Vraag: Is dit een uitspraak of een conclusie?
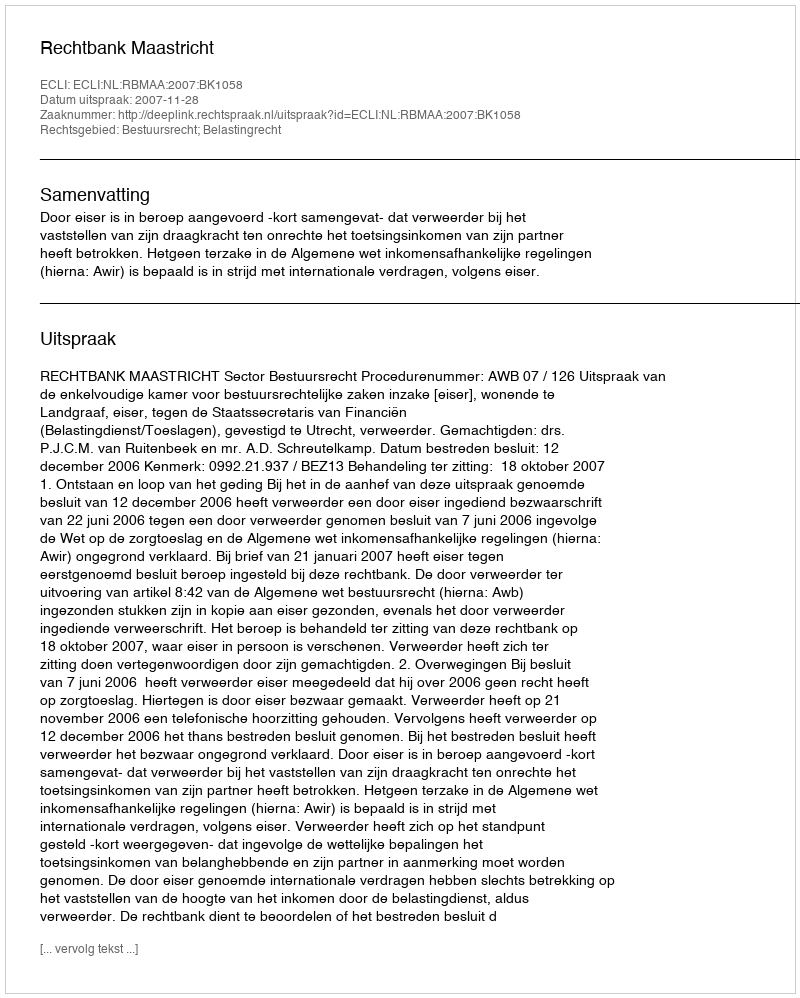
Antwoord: Uitspraak